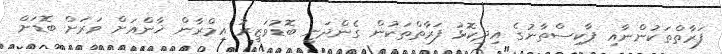
ފަރާތްތަކުންނާއި ޕާކިސްތާނުގެ އިދިކޮޅު ފަރާތްތަކުން ގެންދަނީ ބޮޑުވަޒީރު އިމްރާން ޚާންއަށް ވަރަށް ބޮޑަށް